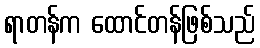
ရာတန်က ထောင်တန်ဖြစ်သည်